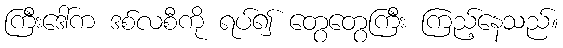
ကြီးဒေါ်က ဒစ်လစီကို ရပ်၍ တွေတွေကြီး ကြည့်နေသည်။